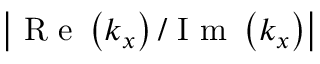
\left| \mathrm { ~ R ~ e ~ } \left( k _ { x } \right) / \mathrm { ~ I ~ m ~ } \left( k _ { x } \right) \right|